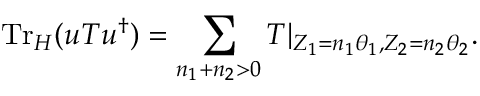
\mathrm { T r } _ { \cal H } ( u T u ^ { \dag } ) = \sum _ { n _ { 1 } + n _ { 2 } > 0 } T | _ { Z _ { 1 } = n _ { 1 } \theta _ { 1 } , Z _ { 2 } = n _ { 2 } \theta _ { 2 } } .